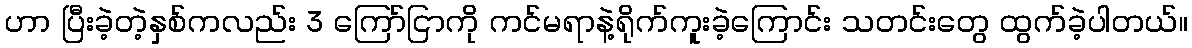
ဟာ ပြီးခဲ့တဲ့နှစ်ကလည်း 3 ကြော်ငြာကို ကင်မရာနဲ့ရိုက်ကူးခဲ့ကြောင်း သတင်းတွေ ထွက်ခဲ့ပါတယ်။